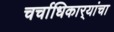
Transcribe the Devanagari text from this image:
चर्चाधिकार्‍यांचा